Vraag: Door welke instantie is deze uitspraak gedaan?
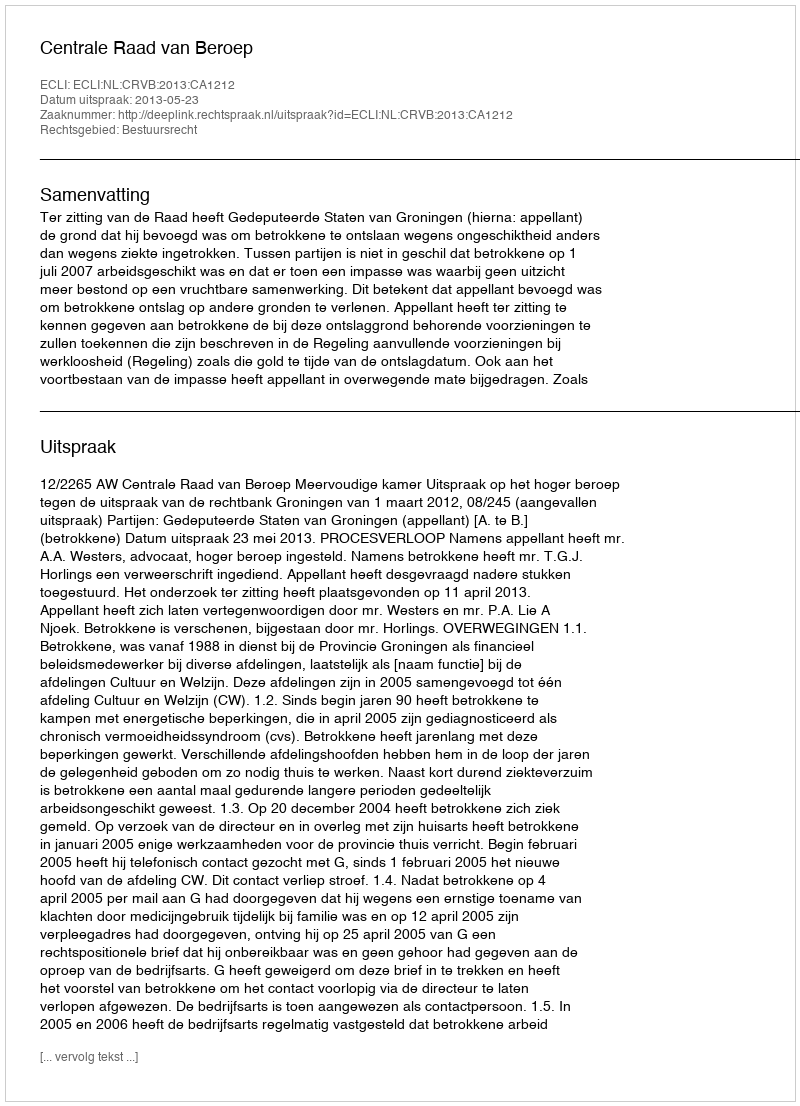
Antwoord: Centrale Raad van Beroep